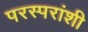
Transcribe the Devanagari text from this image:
परस्‍परांशी